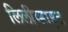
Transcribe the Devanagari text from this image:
लिलीव्हाइट